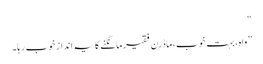
“
”واہ،بہت خوب،ماڈرن فقیرمانگنے کا یہ انداز خوب رہا۔